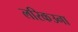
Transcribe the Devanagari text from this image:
लरिकउना